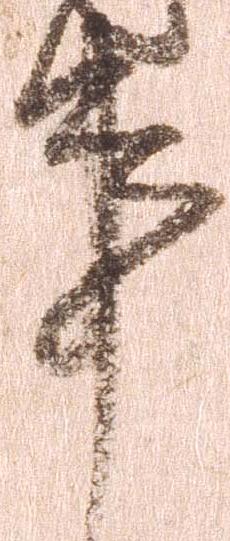
事